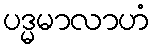
ပဒ္မမာလာဟံ